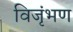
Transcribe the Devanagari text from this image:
विजृंभण